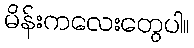
မိန်းကလေးတွေပါ။